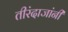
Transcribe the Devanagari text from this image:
तीरंदाजांनी